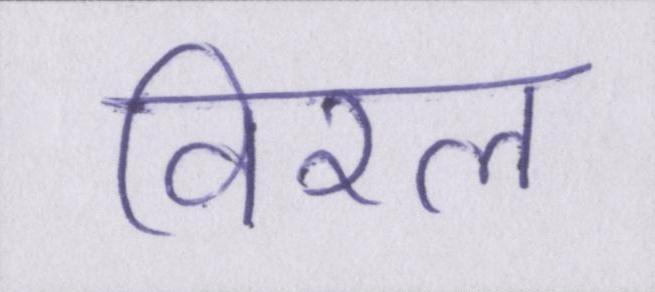
विरल